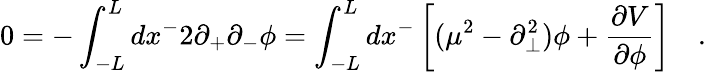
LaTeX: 0=-\int_{-L}^{L}dx^{-}2\partial_{+}\partial_{-}\phi=\int_{-L}^{L}dx^{-}\left[(\mu^{2}-\partial_{\bot}^{2})\phi+\frac{\partial V}{\partial\phi}\right]\quad.